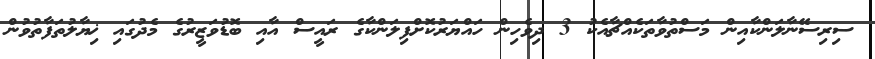
ސިރިސޭނާލަންކާއިން މަސްތުވާތަކެއްޗާއެކު 3 ދިވެހިން ހައްޔަރުކޮށްފިލަންކާގެ ރައީސް އާއި ބޮޑުވަޒީރުގެ މެދުގައި ޚިޔާލުތަފާތުވުން